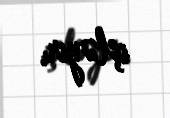
işləyir.